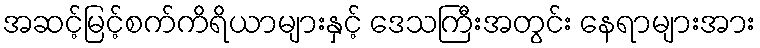
အဆင့်မြင့်စက်ကိရိယာများနှင့် ဒေသကြီးအတွင်း နေရာများအား